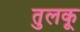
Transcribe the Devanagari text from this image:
तुलकू